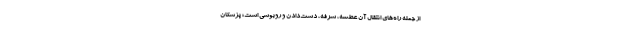
از جمله راه‌های انتقال آن عطسه، سرفه، دست‌دادن و روبوسی است؛ پزشکان